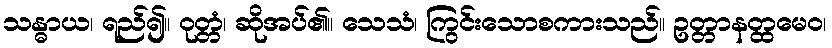
သန္ဓာယ၊ ရည်၍။ ဝုတ္တံ၊ ဆိုအပ်၏။ သေသံ၊ ကြွင်းသောစကားသည်။ ဥတ္တာနတ္ထမေဝ၊